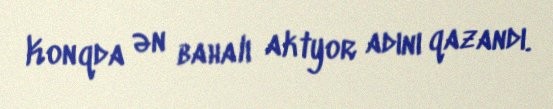
Konqda ən bahalı aktyor adını qazandı.